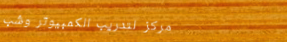
مركز لتدريب الكمبيوتر وشب